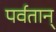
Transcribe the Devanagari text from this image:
पर्वतान्